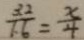
\frac { 3 . 2 } { 1 . 6 } = \frac { x } { 4 }